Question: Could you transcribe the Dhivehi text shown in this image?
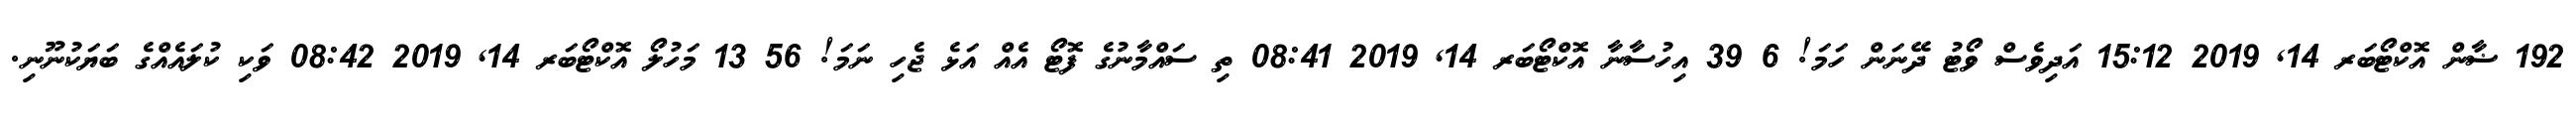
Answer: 192 ޟާން އޮކްޓޯބަރ 14, 2019 15:12 އަދިވެސް ވޯޓު ދޭނަން ހަމަ! 6 39 އިހުސާނާ އޮކްޓޯބަރ 14, 2019 08:41 ތި ސައްމާނުގެ ފޮޓޯ އެއް އަޅެ ޖެހި ނަމަ! 56 13 މަހުލޯ އޮކްޓޯބަރ 14, 2019 08:42 ވަކި ކުލައެއްގެ ބަޔަކުނޫނި.